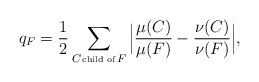
\begin{align*}q_F=\frac12\sum_{C \!\hbox{\tiny{ child of }}\! F}\Big|\frac{\mu(C)}{\mu(F)}-\frac{\nu(C)}{\nu(F)} \Big|,\end{align*}